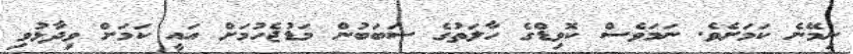
ނިމޭނެ ކަމަށެވެ. ނަމަވެސް ކޮވިޑްގެ ހާލަތުގެ ސަބަބުން މަޑުޖެހުމަށް އައީ ކަމަށް ވިދާޅުވި